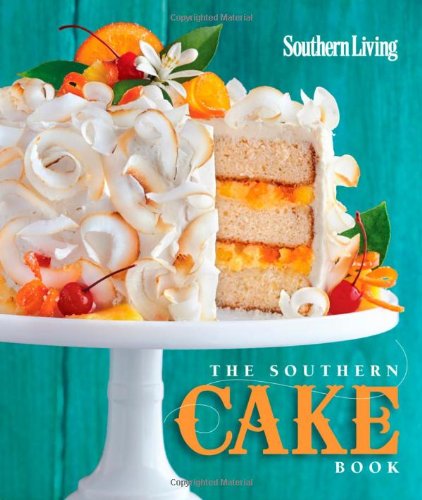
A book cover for The Southern Cake Book; The Editors of Southern Living Magazine; Cookbooks, Food & Wine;